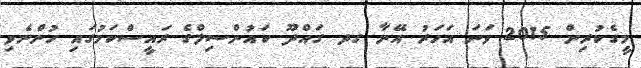
މީގެކުރިން 2015 ވަނަ އަހަރު އޭނާ ގދ. ގައްދޫ ކައުންސިލްގެ ރައީސްކަމުގައި ހުންނެވި